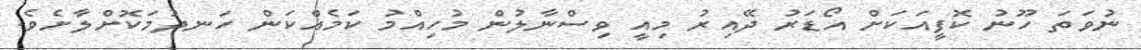
ނުވަތަ ހޫނު ކޮފީއަކަށް އޯޑަރު ދޭއިރު މިއީ ވިސްނާލުން މުހިއްމު ކަމެއްކަން ހަނދުމަކޮށްލާށެވެ.